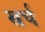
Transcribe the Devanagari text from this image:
ख्रर्च